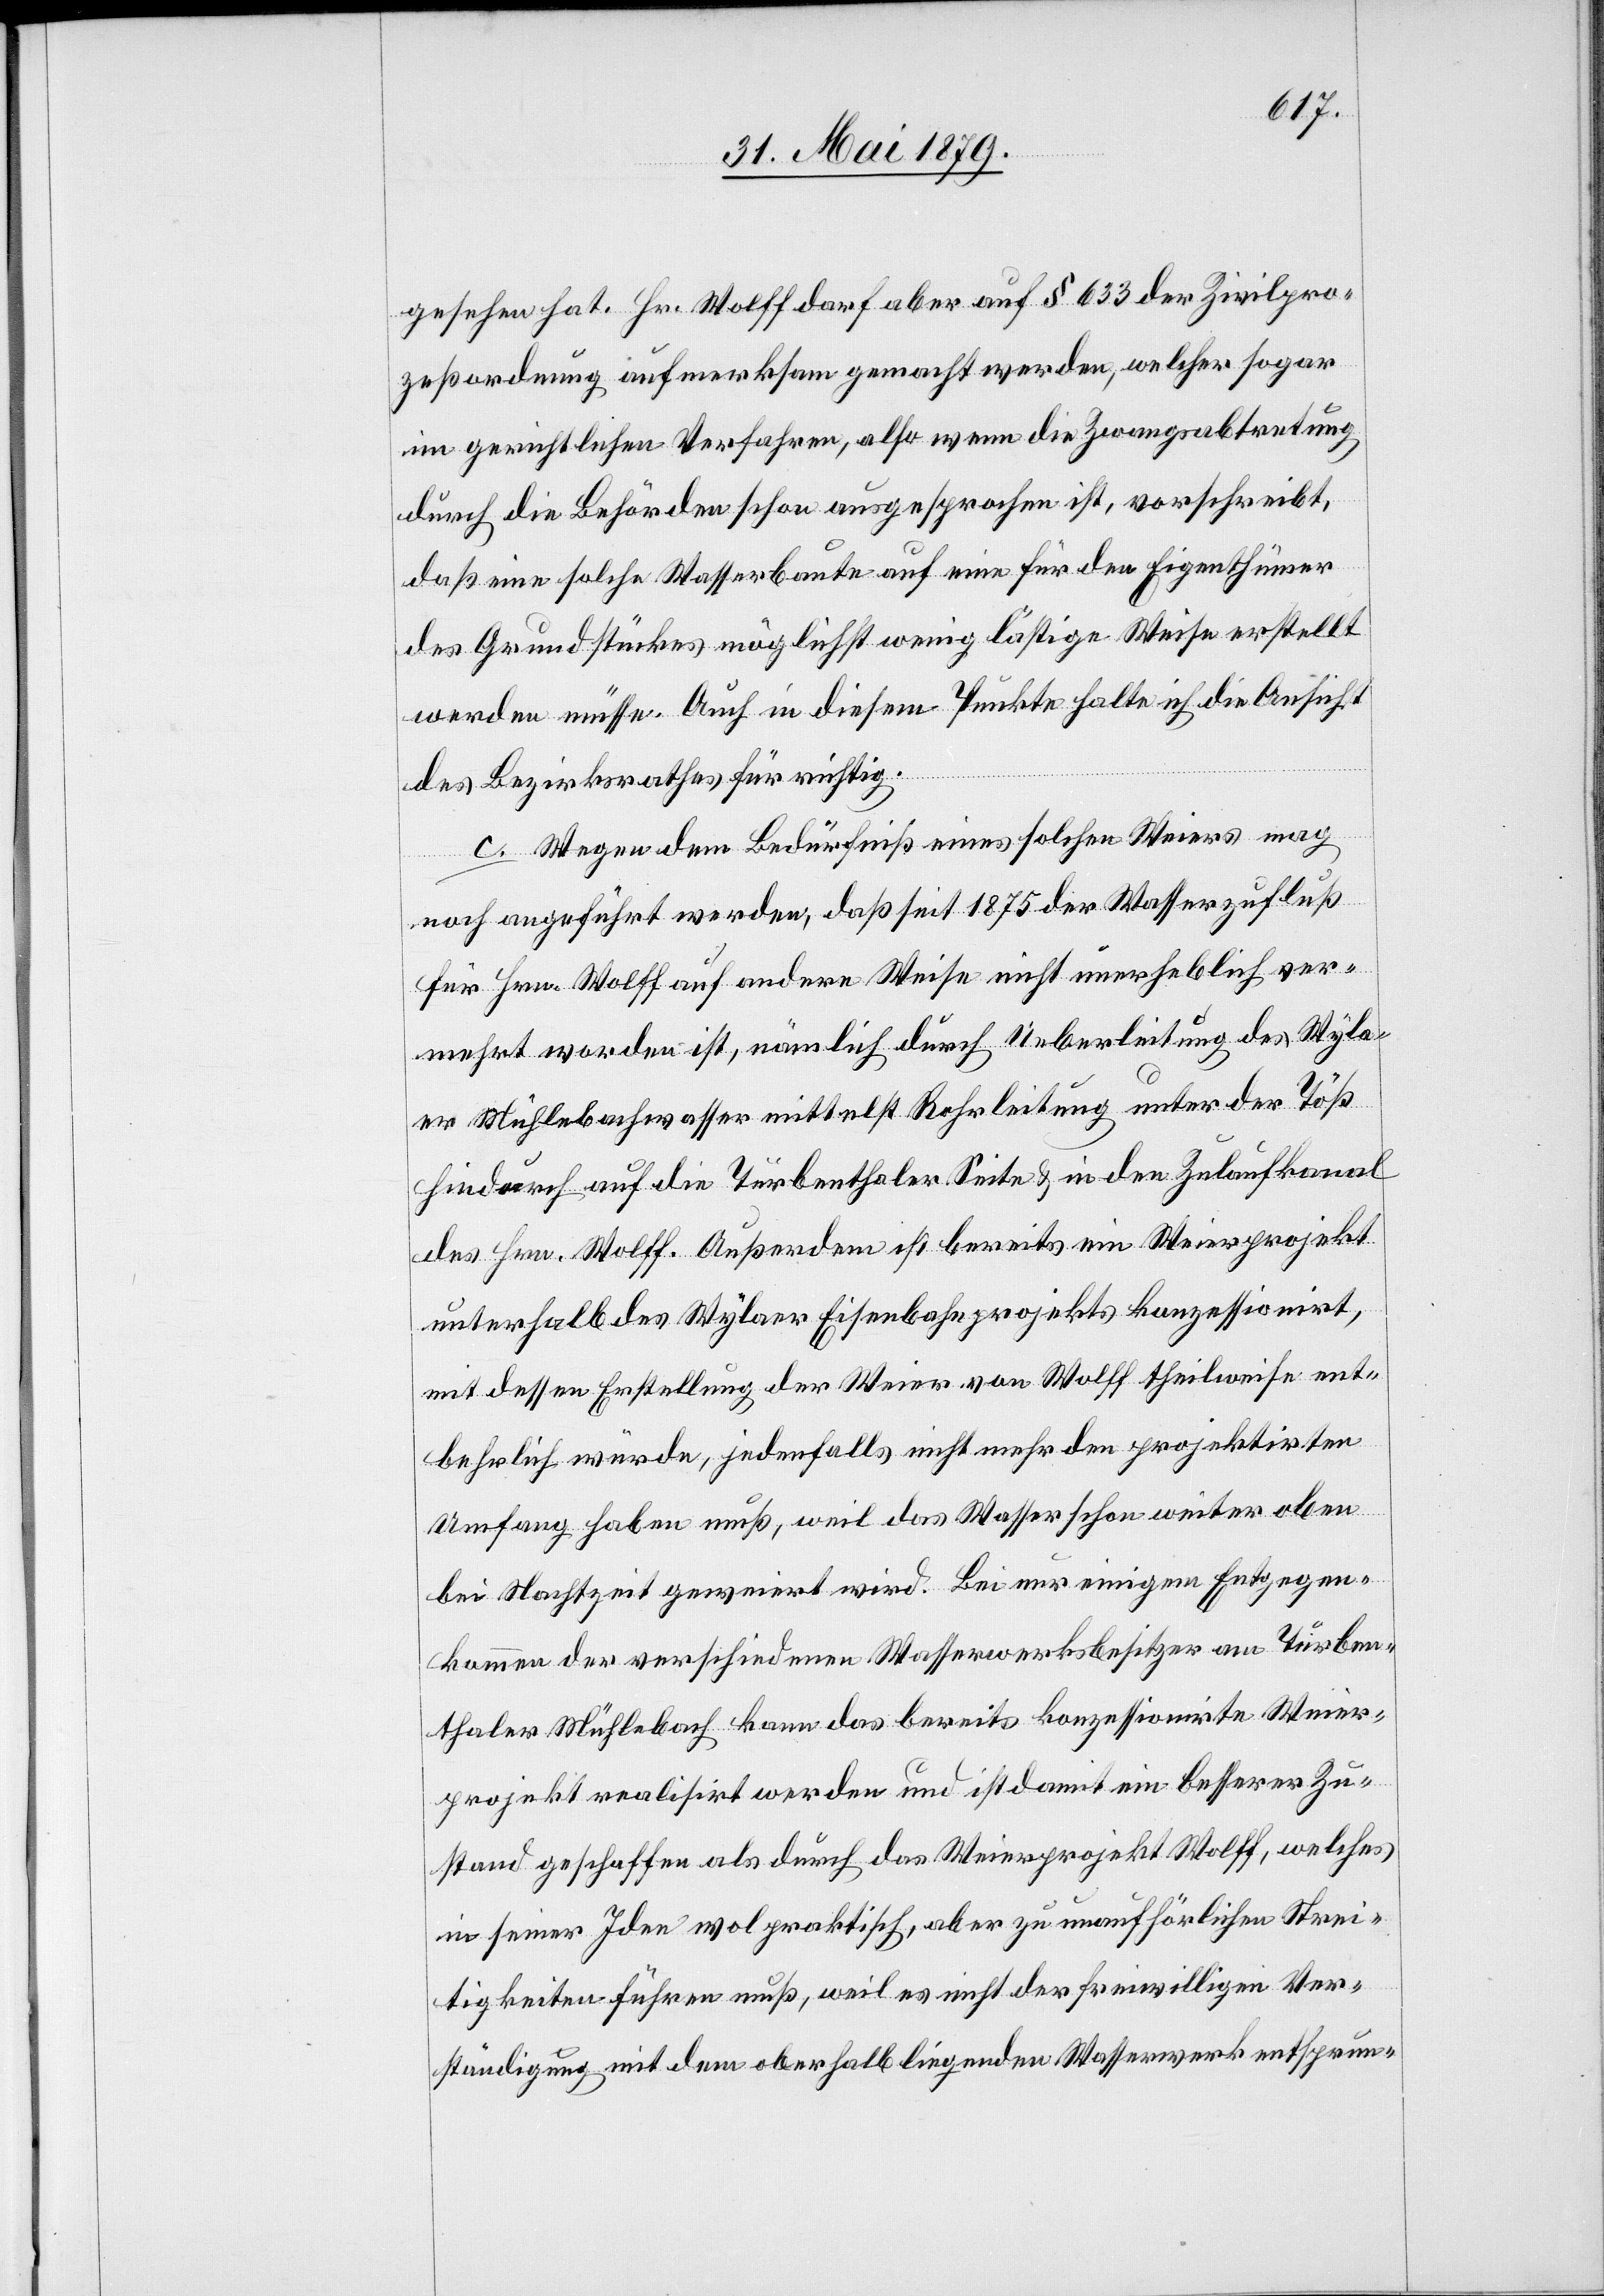
gesehen hat. Hr. Wolff darf aber auf § 633 der Zivilpro¬
zeßordnung aufmerksam gemacht werden, welcher sogar
im gerichtlichen Verfahren, also wenn die Zwangsabtretung
durch die Behörden schon ausgesprochen ist, vorschreibt,
daß eine solche Wasserbaute auf eine für den Eigenthümer
des Grundstückes möglichst wenig lästige Weise erstellt
werden müsse. Auch in diesem Punkte halte ich die Ansicht
des Bezirksrathes für richtig.
c. Wegen dem Bedürfniß eines solchen Weiers mag
noch angeführt werden, daß seit 1875 der Wasserzufluß
für Hrn. Wolff auf andere Weise nicht unerheblich ver¬
mehrt worden ist, nämlich durch Ueberleitung des Wyla¬
er Mühlebachwasser mittelst Rohrleitung unter der Töß
hindurch auf die Turbenthaler Seite & in den Zulaufkanal
des Hrn. Wolff. Außerdem ist bereits ein Weierprojekt
unterhalb des Wylaer Eisenbahnprojekts konzessionirt,
mit dessen Erstellung der Weier von Wolff theilweise ent¬
behrlich würde, jedenfalls nicht mehr den projektirten
Umfang haben muß, weil das Wasser schon weiter oben
bei Nachtzeit geweiert wird. Bei nur einigem Entgegen¬
kommen der verschiedenen Wasserwerksbesitzer am Turben¬
thaler Mühlebach kann das bereits konzessionirte Weier¬
projekt realisirt werden und ist damit ein besserer Zu¬
stand geschaffen als durch das Weierprojekt Wolff, welches
in seiner Idee wol praktisch, aber zu unaufhörlichen Strei¬
tigkeiten führen muß, weil es nicht der freiwilligen Ver¬
ständigung mit dem oberhalb liegenden Wasserwerk entsprun-